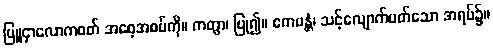
ပြူငှာလောကဝတ် အစေ့အစပ်ကို။ ကတွာ၊ ပြု၍။ ဧကမန္တံ၊ သင့်လျောက်ပတ်သော အရပ်၌။